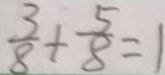
\frac { 3 } { 8 } + \frac { 5 } { 8 } = 1